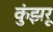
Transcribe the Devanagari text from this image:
कुंझरू